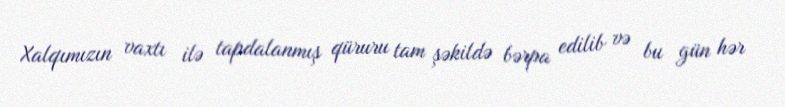
Xalqımızın vaxtı ilə tapdalanmış qüruru tam şəkildə bərpa edilib və bu gün hər